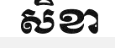
សិខា